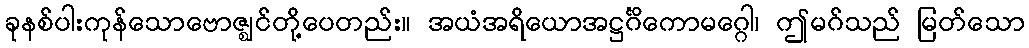
ခုနစ်ပါးကုန်သောဗောဇ္ဈင်တို့ပေတည်း။ အယံအရိယောအဋ္ဌင်္ဂိကောမဂ္ဂေါ၊ ဤမဂ်သည် မြတ်သော